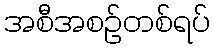
အစီအစဉ်တစ်ရပ်